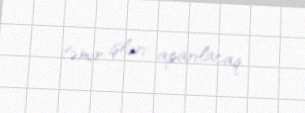
təmir işləri aparılacaq.